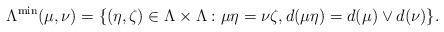
LaTeX: \begin{align*}\Lambda^{\min}(\mu,\nu)=\{(\eta,\zeta)\in\Lambda\times\Lambda:\mu\eta=\nu\zeta, d(\mu\eta)=d(\mu)\vee d(\nu)\}.\end{align*}